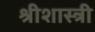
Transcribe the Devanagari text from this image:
श्रीशास्त्री